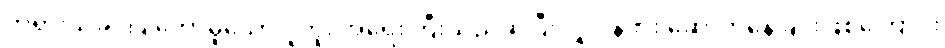
ဘုရားသခင်ပြုတော်မူသော ပူတူး အရေးကြီးသည်ဆိုပြီးလျှင် နဖား ဆောက်နေခြင်းဖြစ်ကြောင်း